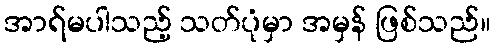
အာရ်မပါသည့် သတ်ပုံမှာ အမှန် ဖြစ်သည်။